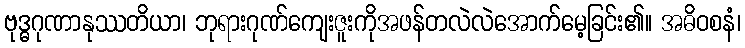
ဗုဒ္ဓဂုဏာနုဿတိယာ၊ ဘုရားဂုဏ်ကျေးဇူးကိုအဖန်တလဲလဲအောက်မေ့ခြင်း၏။ အဓိဝစနံ၊